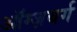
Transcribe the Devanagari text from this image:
ऑग्ज़बर्ग